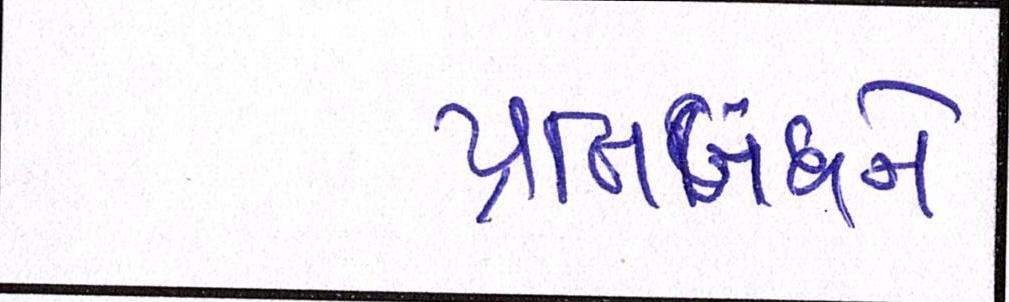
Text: પ્રતિબંધને